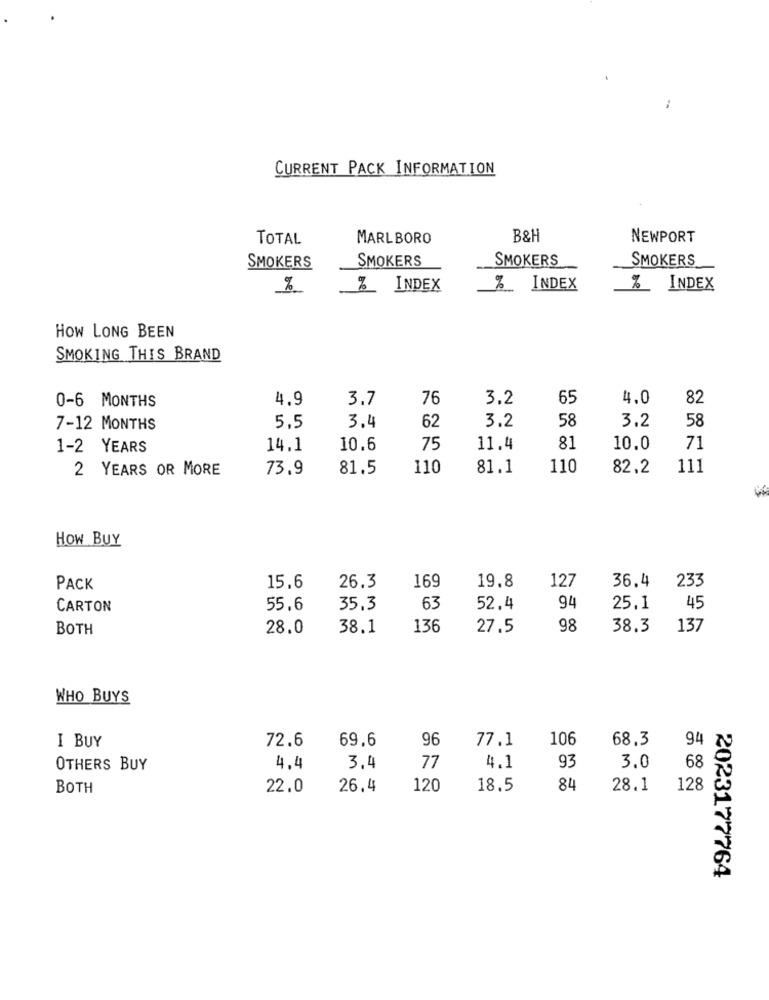
CURRENT PACK INFORMATION
TOTAL
MARLBORO
B&H
NEWPORT
SMOKERS
SMOKERS
SMOKERS
SMOKERS
%
% INDEX
% INDEX
% INDEX
HOW LONG BEEN
SMOKING THIS BRAND
4.9
3.7
76
3.2
65
4.0
82
0-6 MONTHS
62
58
7-12 MONTHS
5.5
3.4
3.2
58
3.2
1-2 YEARS
14.1
10.6
75
11.4
81
10.0
71
2 YEARS OR MORE
73.9
81.5
110
81.1
110
82.2
111
HOW BUY
169
19.8
127
36.4
233
PACK
15.6
26.3
CARTON
55.6
35.3
63
52.4
94
25.1
45
BOTH
28.0
38.1
136
27.5
98
38.3
137
WHO BUYS
I BUY
69,6
96
77.1
106
68.3
94
72.6
77
93
OTHERS BUY
4.4
3.4
4.1
3.0
68
BOTH
22.0
26.4
120
18.5
84
28.1
128
2023177764